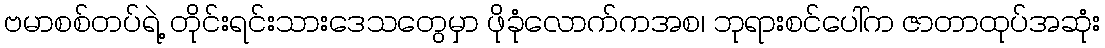
ဗမာစစ်တပ်ရဲ့ တိုင်းရင်းသားဒေသတွေမှာ ဖိုခုံလောက်ကအစ၊ ဘုရားစင်ပေါ်က ဇာတာထုပ်အဆုံး